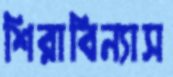
শিরাবিন্যাস